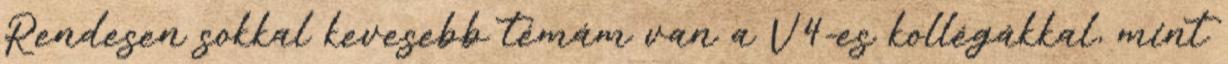
Rendesen sokkal kevesebb témám van a V4-es kollégákkal, mint